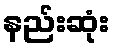
နည်းဆုံး